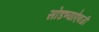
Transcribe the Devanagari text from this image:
सोडण्याऐवजी